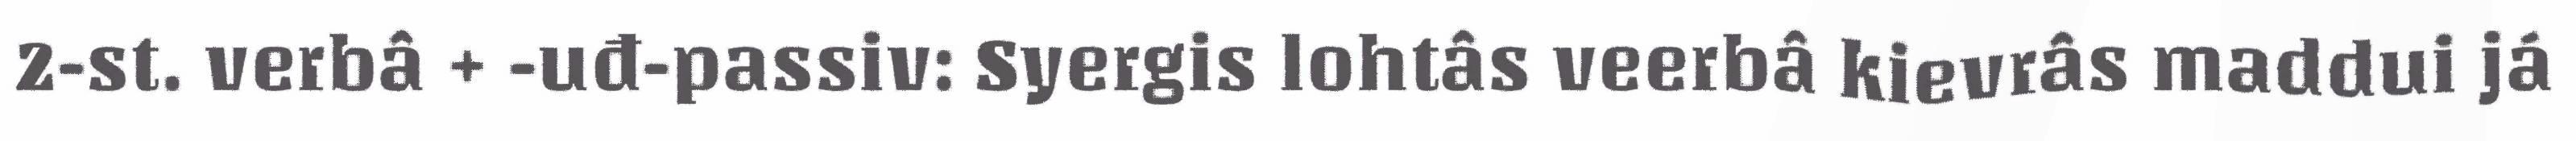
2-st. verbâ + -uđ-passiv: Syergis lohtâs veerbâ kievrâs maddui já